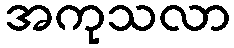
အကုသလာ